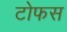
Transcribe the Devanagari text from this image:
टोफस